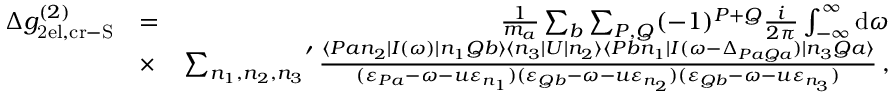
\begin{array} { r l r } { \Delta g _ { \mathrm { 2 e l , c r - S } } ^ { ( 2 ) } } & { = } & { \frac { 1 } { m _ { a } } \sum _ { b } \sum _ { P , Q } ( - 1 ) ^ { P + Q } \frac { i } { 2 \pi } \int _ { - \infty } ^ { \infty } \mathrm { d } \omega } \\ & { \times } & { { \sum _ { n _ { 1 } , n _ { 2 } , n _ { 3 } } } ^ { \prime } \, \frac { \langle P a n _ { 2 } | I ( \omega ) | n _ { 1 } Q b \rangle \langle n _ { 3 } | U | n _ { 2 } \rangle \langle P b n _ { 1 } | I ( \omega - \Delta _ { P a Q a } ) | n _ { 3 } Q a \rangle } { ( \varepsilon _ { P a } - \omega - u \varepsilon _ { n _ { 1 } } ) ( \varepsilon _ { Q b } - \omega - u \varepsilon _ { n _ { 2 } } ) ( \varepsilon _ { Q b } - \omega - u \varepsilon _ { n _ { 3 } } ) } \, , } \end{array}